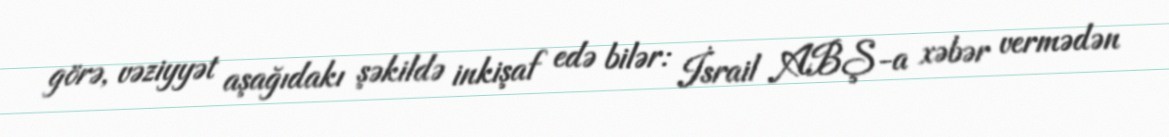
görə, vəziyyət aşağıdakı şəkildə inkişaf edə bilər: İsrail ABŞ-a xəbər vermədən